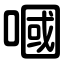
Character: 嘓